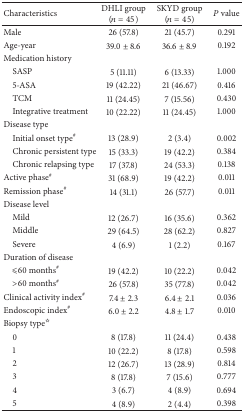
<table><thead><tr><td><b>Characteristics</b></td><td><b>DHLI group(<i>n</i> = 45)</b></td><td><b>SKYD group(<i>n</i> = 45)</b></td><td><b><i>P</i> value</b></td></tr></thead><tbody><tr><td>Male</td><td>26 (57.8)</td><td>21 (45.7)</td><td>0.291</td></tr><tr><td>Age-year</td><td>39.0 ± 8.6</td><td>36.6 ± 8.9</td><td>0.192</td></tr><tr><td>Medication history</td><td> </td><td> </td><td> </td></tr><tr><td> SASP</td><td>5 (11.11)</td><td>6 (13.33)</td><td>1.000</td></tr><tr><td> 5-ASA</td><td>19 (42.22)</td><td>21 (46.67)</td><td>0.416</td></tr><tr><td> TCM</td><td>11 (24.45)</td><td>7 (15.56)</td><td>0.430</td></tr><tr><td> Integrative treatment</td><td>10 (22.22)</td><td>11 (24.45)</td><td>1.000</td></tr><tr><td>Disease type</td><td> </td><td> </td><td> </td></tr><tr><td> Initial onset type<sup>#</sup></td><td>13 (28.9)</td><td>2 (3.4)</td><td>0.002</td></tr><tr><td> Chronic persistent type</td><td>15 (33.3)</td><td>19 (42.2)</td><td>0.384</td></tr><tr><td> Chronic relapsing type</td><td>17 (37.8)</td><td>24 (53.3)</td><td>0.138</td></tr><tr><td>Active phase<sup>#</sup></td><td>31 (68.9)</td><td>19 (42.2)</td><td>0.011</td></tr><tr><td>Remission phase<sup>#</sup></td><td>14 (31.1)</td><td>26 (57.7)</td><td>0.011</td></tr><tr><td>Disease level</td><td> </td><td> </td><td> </td></tr><tr><td> Mild</td><td>12 (26.7)</td><td>16 (35.6)</td><td>0.362</td></tr><tr><td> Middle</td><td>29 (64.5)</td><td>28 (62.2)</td><td>0.827</td></tr><tr><td> Severe</td><td>4 (6.9)</td><td>1 (2.2)</td><td>0.167</td></tr><tr><td>Duration of disease</td><td> </td><td> </td><td> </td></tr><tr><td> <i>⩽</i>60 months<sup>#</sup></td><td>19 (42.2)</td><td>10 (22.2)</td><td>0.042</td></tr><tr><td> &gt;60 months<sup>#</sup></td><td>26 (57.8)</td><td>35 (77.8)</td><td>0.042</td></tr><tr><td>Clinical activity index<sup>#</sup></td><td>7.4 ± 2.3</td><td>6.4 ± 2.1</td><td>0.036</td></tr><tr><td>Endoscopic index<sup>#</sup></td><td>6.0 ± 2.2</td><td>4.8 ± 1.7</td><td>0.010</td></tr><tr><td>Biopsy type<sup>☆</sup></td><td> </td><td> </td><td> </td></tr><tr><td> 0</td><td>8 (17.8)</td><td>11 (24.4)</td><td>0.438</td></tr><tr><td> 1</td><td>10 (22.2)</td><td>8 (17.8)</td><td>0.598</td></tr><tr><td> 2</td><td>12 (26.7)</td><td>13 (28.9)</td><td>0.814</td></tr><tr><td> 3</td><td>8 (17.8)</td><td>7 (15.6)</td><td>0.777</td></tr><tr><td> 4</td><td>3 (6.7)</td><td>4 (8.9)</td><td>0.694</td></tr><tr><td> 5</td><td>4 (8.9)</td><td>2 (4.4)</td><td>0.398</td></tr></tbody></table>